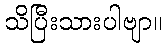
သိပြီးသားပါဗျာ။